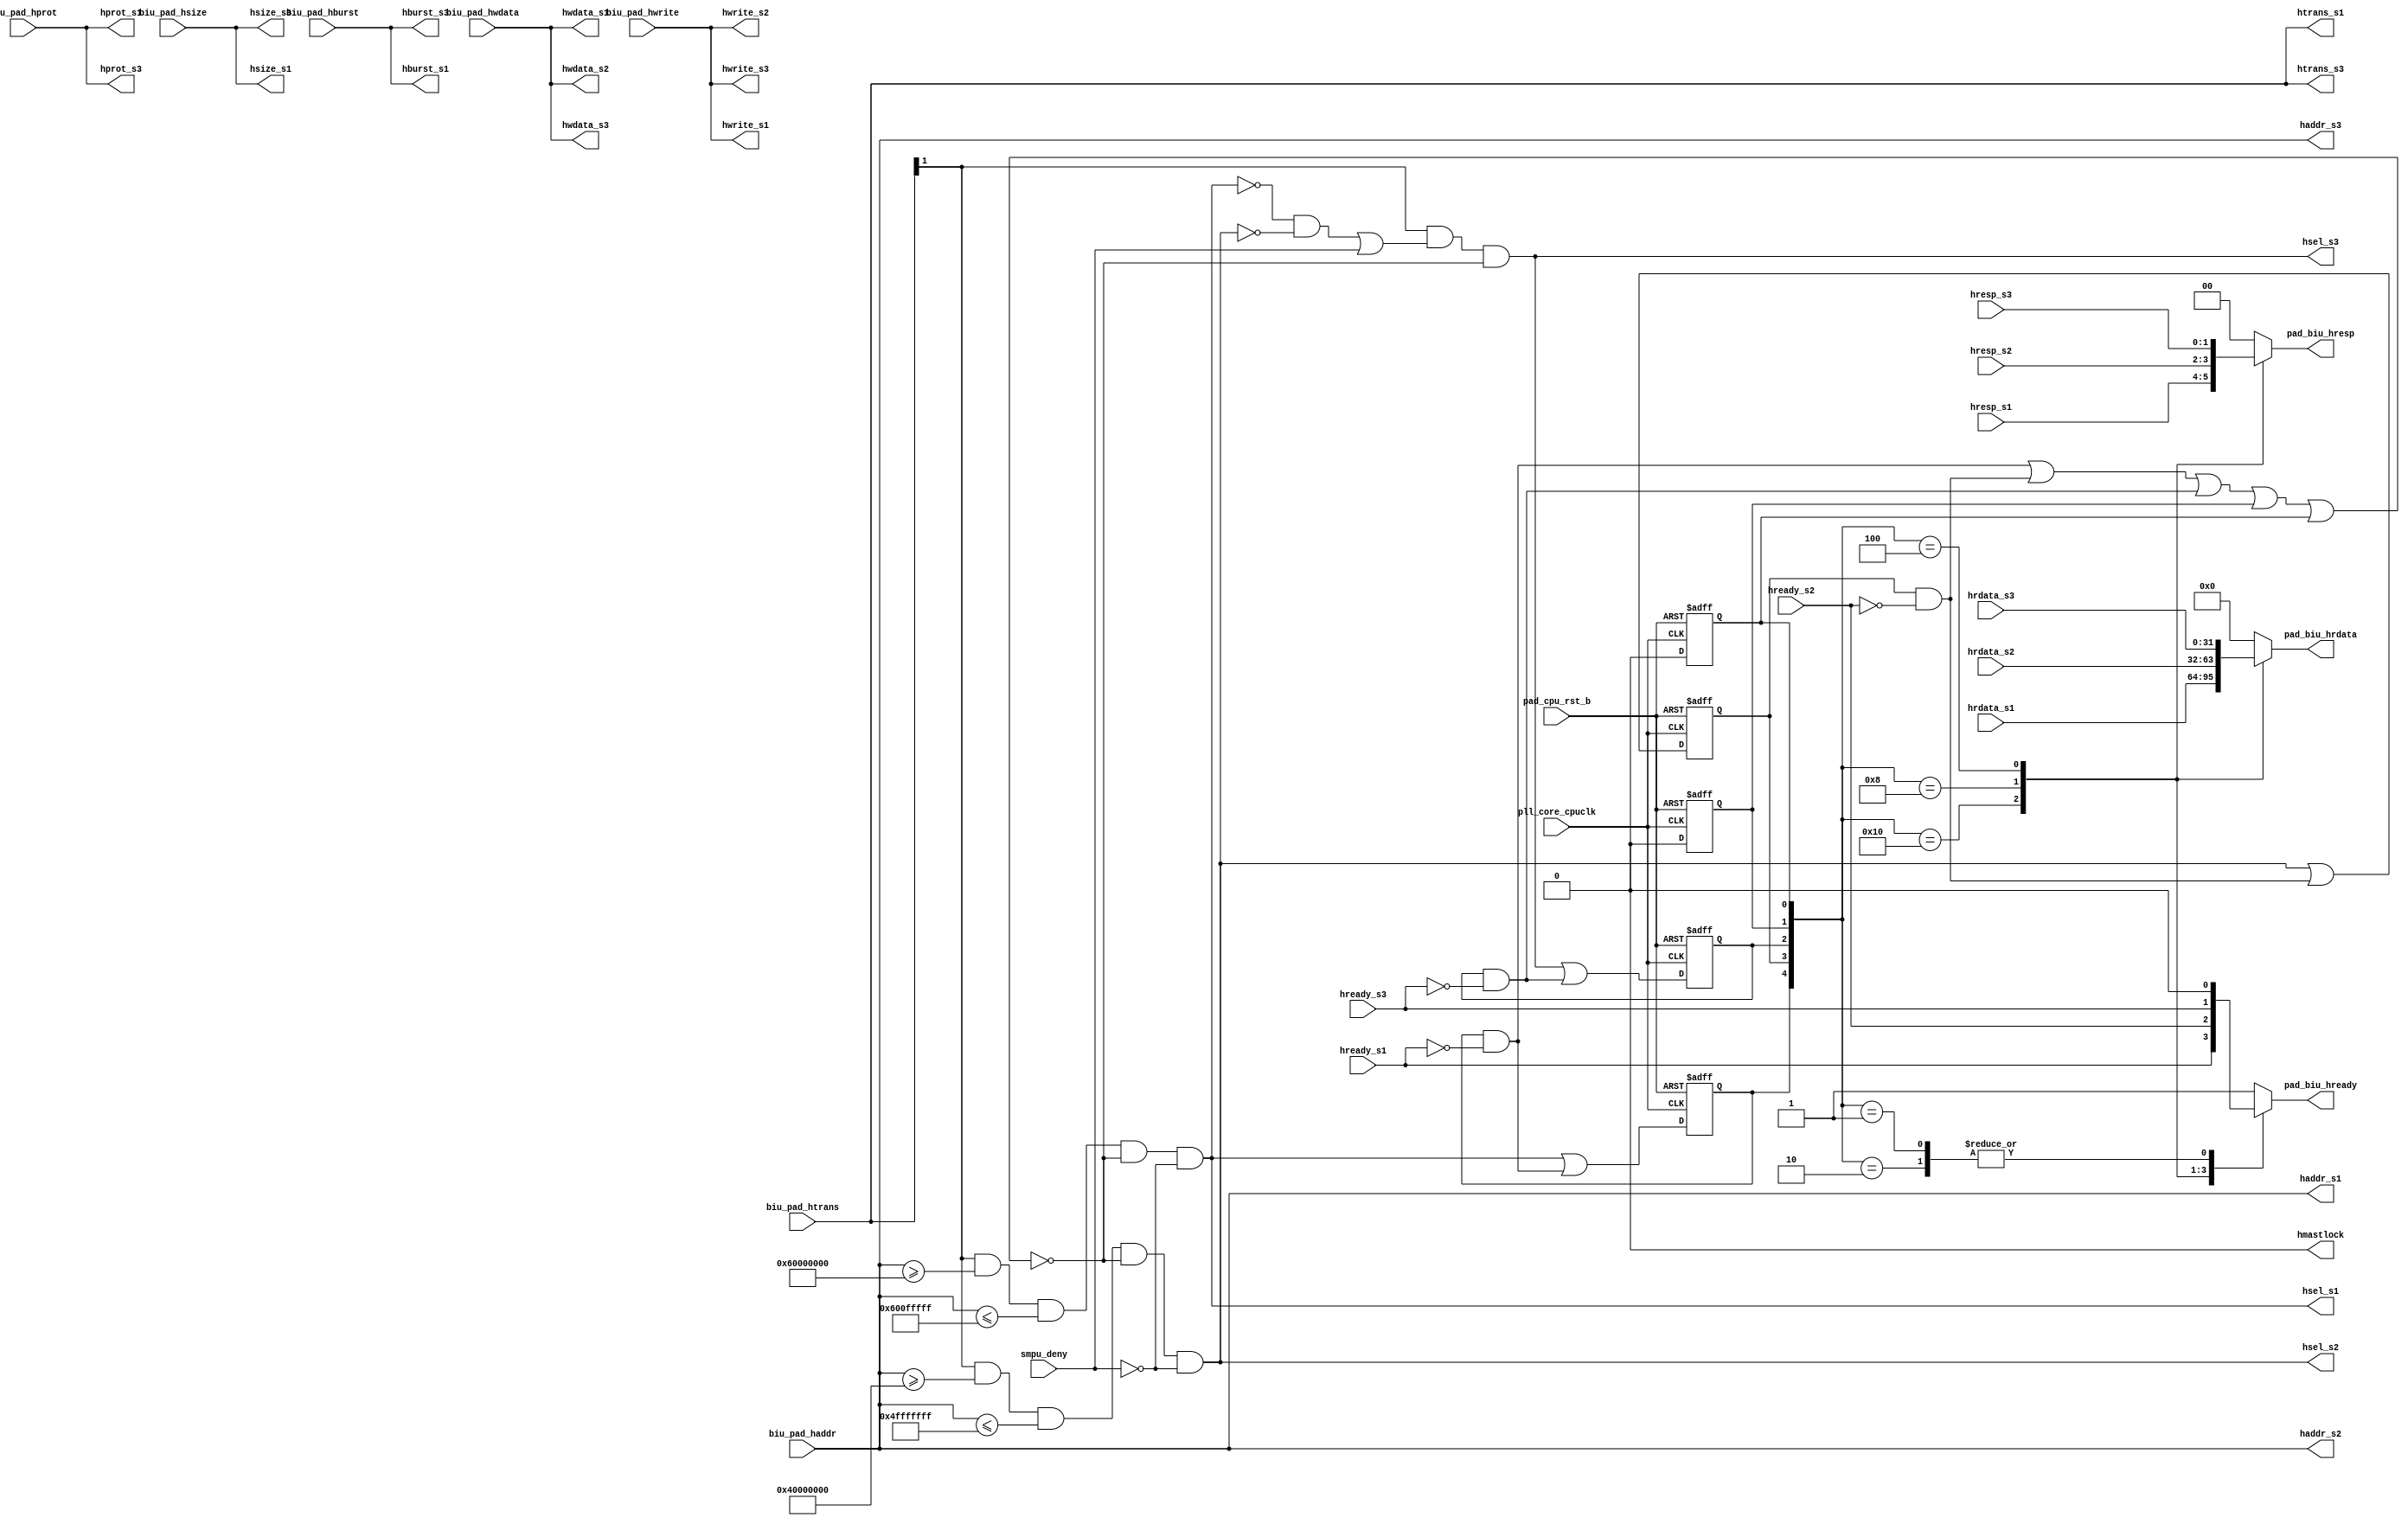
/*Copyright 2020-2021 T-Head Semiconductor Co., Ltd.

Licensed under the Apache License, Version 2.0 (the "License");
you may not use this file except in compliance with the License.
You may obtain a copy of the License at

    http://www.apache.org/licenses/LICENSE-2.0

Unless required by applicable law or agreed to in writing, software
distributed under the License is distributed on an "AS IS" BASIS,
WITHOUT WARRANTIES OR CONDITIONS OF ANY KIND, either express or implied.
See the License for the specific language governing permissions and
limitations under the License.
*/

//SYS MEM
`define S1_BASE_START 32'h60000000
`define S1_BASE_END   32'h600fffff
//APB
`define S2_BASE_START 32'h40000000
`define S2_BASE_END   32'h4fffffff
//IMEM
`define S4_BASE_START 32'h00000000
`define S4_BASE_END   32'h0007ffff
//DMEM
`define S5_BASE_START 32'h20000000
`define S5_BASE_END   32'h2007ffff

// &Depend("environment.h"); @35
// &ModuleBeg; @36
module ahb(
  biu_pad_haddr,
  biu_pad_hburst,
  biu_pad_hprot,
  biu_pad_hsize,
  biu_pad_htrans,
  biu_pad_hwdata,
  biu_pad_hwrite,
  haddr_s1,
  haddr_s2,
  haddr_s3,
  hburst_s1,
  hburst_s3,
  hmastlock,
  hprot_s1,
  hprot_s3,
  hrdata_s1,
  hrdata_s2,
  hrdata_s3,
  hready_s1,
  hready_s2,
  hready_s3,
  hresp_s1,
  hresp_s2,
  hresp_s3,
  hsel_s1,
  hsel_s2,
  hsel_s3,
  hsize_s1,
  hsize_s3,
  htrans_s1,
  htrans_s3,
  hwdata_s1,
  hwdata_s2,
  hwdata_s3,
  hwrite_s1,
  hwrite_s2,
  hwrite_s3,
  pad_biu_hrdata,
  pad_biu_hready,
  pad_biu_hresp,
  pad_cpu_rst_b,
  pll_core_cpuclk,
  smpu_deny
);

// &Ports; @37
input   [31:0]  biu_pad_haddr;  
input   [2 :0]  biu_pad_hburst; 
input   [3 :0]  biu_pad_hprot;  
input   [2 :0]  biu_pad_hsize;  
input   [1 :0]  biu_pad_htrans; 
input   [31:0]  biu_pad_hwdata; 
input           biu_pad_hwrite; 
input   [31:0]  hrdata_s1;      
input   [31:0]  hrdata_s2;      
input   [31:0]  hrdata_s3;      
input           hready_s1;      
input           hready_s2;      
input           hready_s3;      
input   [1 :0]  hresp_s1;       
input   [1 :0]  hresp_s2;       
input   [1 :0]  hresp_s3;       
input           pad_cpu_rst_b;  
input           pll_core_cpuclk; 
input           smpu_deny;      
output  [31:0]  haddr_s1;       
output  [31:0]  haddr_s2;       
output  [31:0]  haddr_s3;       
output  [2 :0]  hburst_s1;      
output  [2 :0]  hburst_s3;      
output          hmastlock;      
output  [3 :0]  hprot_s1;       
output  [3 :0]  hprot_s3;       
output          hsel_s1;        
output          hsel_s2;        
output          hsel_s3;        
output  [2 :0]  hsize_s1;       
output  [2 :0]  hsize_s3;       
output  [1 :0]  htrans_s1;      
output  [1 :0]  htrans_s3;      
output  [31:0]  hwdata_s1;      
output  [31:0]  hwdata_s2;      
output  [31:0]  hwdata_s3;      
output          hwrite_s1;      
output          hwrite_s2;      
output          hwrite_s3;      
output  [31:0]  pad_biu_hrdata; 
output          pad_biu_hready; 
output  [1 :0]  pad_biu_hresp;  

// &Regs; @38
reg             busy_s1;        
reg             busy_s2;        
reg             busy_s3;        
reg             busy_s4;        
reg             busy_s5;        
reg     [31:0]  pad_biu_hrdata; 
reg             pad_biu_hready; 
reg     [1 :0]  pad_biu_hresp;  

// &Wires; @39
wire            arb_block;      
wire    [31:0]  biu_pad_haddr;  
wire    [2 :0]  biu_pad_hburst; 
wire    [3 :0]  biu_pad_hprot;  
wire    [2 :0]  biu_pad_hsize;  
wire    [1 :0]  biu_pad_htrans; 
wire    [31:0]  biu_pad_hwdata; 
wire            biu_pad_hwrite; 
wire    [31:0]  haddr_s1;       
wire    [31:0]  haddr_s2;       
wire    [31:0]  haddr_s3;       
wire    [2 :0]  hburst_s1;      
wire    [2 :0]  hburst_s2;      
wire    [2 :0]  hburst_s3;      
wire            hmastlock;      
wire    [3 :0]  hprot_s1;       
wire    [3 :0]  hprot_s2;       
wire    [3 :0]  hprot_s3;       
wire    [31:0]  hrdata_s1;      
wire    [31:0]  hrdata_s2;      
wire    [31:0]  hrdata_s3;      
wire    [31:0]  hrdata_s4;      
wire    [31:0]  hrdata_s5;      
wire            hready_s1;      
wire            hready_s2;      
wire            hready_s3;      
wire            hready_s4;      
wire            hready_s5;      
wire    [1 :0]  hresp_s1;       
wire    [1 :0]  hresp_s2;       
wire    [1 :0]  hresp_s3;       
wire    [1 :0]  hresp_s4;       
wire    [1 :0]  hresp_s5;       
wire            hsel_s1;        
wire            hsel_s2;        
wire            hsel_s3;        
wire            hsel_s4;        
wire            hsel_s5;        
wire    [2 :0]  hsize_s1;       
wire    [2 :0]  hsize_s2;       
wire    [2 :0]  hsize_s3;       
wire    [1 :0]  htrans_s1;      
wire    [1 :0]  htrans_s2;      
wire    [1 :0]  htrans_s3;      
wire    [31:0]  hwdata_s1;      
wire    [31:0]  hwdata_s2;      
wire    [31:0]  hwdata_s3;      
wire            hwrite_s1;      
wire            hwrite_s2;      
wire            hwrite_s3;      
wire            pad_cpu_rst_b;  
wire            pll_core_cpuclk; 
wire            pre_busy_s1;    
wire            pre_busy_s2;    
wire            pre_busy_s3;    
wire            pre_busy_s4;    
wire            pre_busy_s5;    
wire            smpu_deny;      




// Support AHB LITE
assign    hmastlock            =    1'b0; 
// &Force("input","biu_pad_hbusreq"); @48

assign    haddr_s1[31:0]       =    biu_pad_haddr[31:0];  
assign    hburst_s1[2:0]       =    biu_pad_hburst[2:0]; 
assign    hprot_s1[3:0]        =    biu_pad_hprot[3:0];  
assign    hsize_s1[2:0]        =    biu_pad_hsize[2:0];  
assign    htrans_s1[1:0]       =    biu_pad_htrans[1:0]; 
assign    hwrite_s1            =    biu_pad_hwrite; 
assign    hwdata_s1[31:0]      =    biu_pad_hwdata[31:0]; 

assign    haddr_s2[31:0]       =    biu_pad_haddr[31:0];  
assign    hburst_s2[2:0]       =    biu_pad_hburst[2:0]; 
assign    hprot_s2[3:0]        =    biu_pad_hprot[3:0];  
assign    hsize_s2[2:0]        =    biu_pad_hsize[2:0];  
assign    htrans_s2[1:0]       =    biu_pad_htrans[1:0]; 
assign    hwrite_s2            =    biu_pad_hwrite; 
assign    hwdata_s2[31:0]      =    biu_pad_hwdata[31:0]; 
// &Force("nonport","hburst_s2"); @68
// &Force("nonport","hsize_s2"); @69
// &Force("nonport","htrans_s2"); @70
// &Force("nonport","hprot_s2"); @71
// &Force("bus","biu_pad_hprot",3,0); @72

assign    haddr_s3[31:0]       =    biu_pad_haddr[31:0];  
assign    hburst_s3[2:0]       =    biu_pad_hburst[2:0]; 
assign    hprot_s3[3:0]        =    biu_pad_hprot[3:0];  
assign    hsize_s3[2:0]        =    biu_pad_hsize[2:0];  
assign    htrans_s3[1:0]       =    biu_pad_htrans[1:0]; 
assign    hwrite_s3            =    biu_pad_hwrite; 
assign    hwdata_s3[31:0]      =    biu_pad_hwdata[31:0]; 

assign    hready_s4            =    1'b0;
assign    hrdata_s4[31:0]      =    32'b0;
assign    hresp_s4[1:0]        =    2'b0;

// &Force("output","hsel_s4"); @95

assign    hready_s5            =    1'b0;
assign    hrdata_s5[31:0]      =    32'b0;
assign    hresp_s5[1:0]        =    2'b0;

// &Force("output","hsel_s5"); @113

// &Force("output","hsel_s1"); @117
// &Force("output","hsel_s2"); @118
// &Force("output","hsel_s3"); @119

assign    hsel_s1 = (biu_pad_htrans[1]==1'b1) && (biu_pad_haddr >= `S1_BASE_START) && (biu_pad_haddr <= `S1_BASE_END) 
                  && !arb_block && !smpu_deny;
assign    hsel_s2 = (biu_pad_htrans[1]==1'b1) && (biu_pad_haddr >= `S2_BASE_START) && (biu_pad_haddr <= `S2_BASE_END) 
                  && !arb_block && !smpu_deny;
assign    hsel_s3 = (biu_pad_htrans[1]==1'b1) && (!hsel_s1 && !hsel_s2 && !hsel_s4 && !hsel_s5 
                 || smpu_deny) && !arb_block;

assign    hsel_s4 = 0;

assign    hsel_s5 = 0;


assign    pre_busy_s1 = hsel_s1 || busy_s1 && !hready_s1;
assign    pre_busy_s2 = hsel_s2 || busy_s2 && !hready_s2;
assign    pre_busy_s3 = hsel_s3 || busy_s3 && !hready_s3;
assign    pre_busy_s4 = 1'b0;

assign    pre_busy_s5 = 1'b0;
always @(posedge pll_core_cpuclk or negedge pad_cpu_rst_b)
begin
  if(!pad_cpu_rst_b)begin
  busy_s1 <= 1'b0;
  busy_s2 <= 1'b0;
  busy_s3 <= 1'b0;
  busy_s4 <= 1'b0;
  busy_s5 <= 1'b0;
  end
  else begin
  busy_s1 <= pre_busy_s1;
  busy_s2 <= pre_busy_s2;
  busy_s3 <= pre_busy_s3;
  busy_s4 <= pre_busy_s4;
  busy_s5 <= pre_busy_s5;
  end
end

assign arb_block = busy_s1 && !hready_s1 ||
                   busy_s2 && !hready_s2 ||
                   busy_s3 && !hready_s3 ||
                   busy_s4 && !hready_s4 ||
                   busy_s5 && !hready_s5;

//arbitration state machine
// &CombBeg; @182
always @( hresp_s3[1:0]
       or hready_s5
       or hresp_s1[1:0]
       or busy_s3
       or busy_s4
       or hresp_s5[1:0]
       or hrdata_s3[31:0]
       or hready_s3
       or busy_s2
       or hrdata_s2[31:0]
       or hrdata_s1[31:0]
       or hresp_s4[1:0]
       or busy_s5
       or hready_s2
       or busy_s1
       or hrdata_s4[31:0]
       or hready_s4
       or hrdata_s5[31:0]
       or hresp_s2[1:0]
       or hready_s1)
begin
  case({busy_s1,busy_s2,busy_s3,busy_s4,busy_s5})
    5'b10000:
    begin
      pad_biu_hrdata[31:0] = hrdata_s1[31:0];
      pad_biu_hready       = hready_s1;
      pad_biu_hresp[1:0]   = hresp_s1[1:0];
    end
    5'b01000:
    begin
      pad_biu_hrdata[31:0] = hrdata_s2[31:0];
      pad_biu_hready       = hready_s2;
      pad_biu_hresp[1:0]   = hresp_s2[1:0];
    end
    5'b00100:
    begin 
      pad_biu_hrdata[31:0] = hrdata_s3[31:0];
      pad_biu_hready       = hready_s3;
      pad_biu_hresp[1:0]   = hresp_s3[1:0];
    end
    5'b00010:
    begin 
      pad_biu_hrdata[31:0] = hrdata_s4[31:0];
      pad_biu_hready       = hready_s4;
      pad_biu_hresp[1:0]   = hresp_s4[1:0];
    end
    5'b00001:
    begin 
      pad_biu_hrdata[31:0] = hrdata_s5[31:0];
      pad_biu_hready       = hready_s5;
      pad_biu_hresp[1:0]   = hresp_s5[1:0];
    end
    default:
    begin
      pad_biu_hrdata[31:0] = 32'b0;
      pad_biu_hready       = 1'b1;
      pad_biu_hresp[1:0]   = 2'b0;
    end
  endcase
// &CombEnd; @221
end
// &ModuleEnd; @222
endmodule